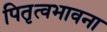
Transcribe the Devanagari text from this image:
पितृत्वभावना